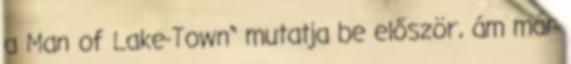
a Man of Lake-Town" mutatja be először, ám már